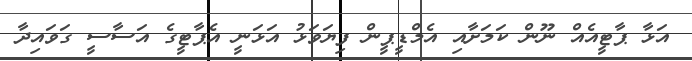
އަޅާ ޕާޓީއެއް ނޫން ކަމަށާއި އެމްޑީޕީން ފިޔަވަޅު އަޅަނީ އެޕާޓީގެ އަސާސީ ގަވައިދާ